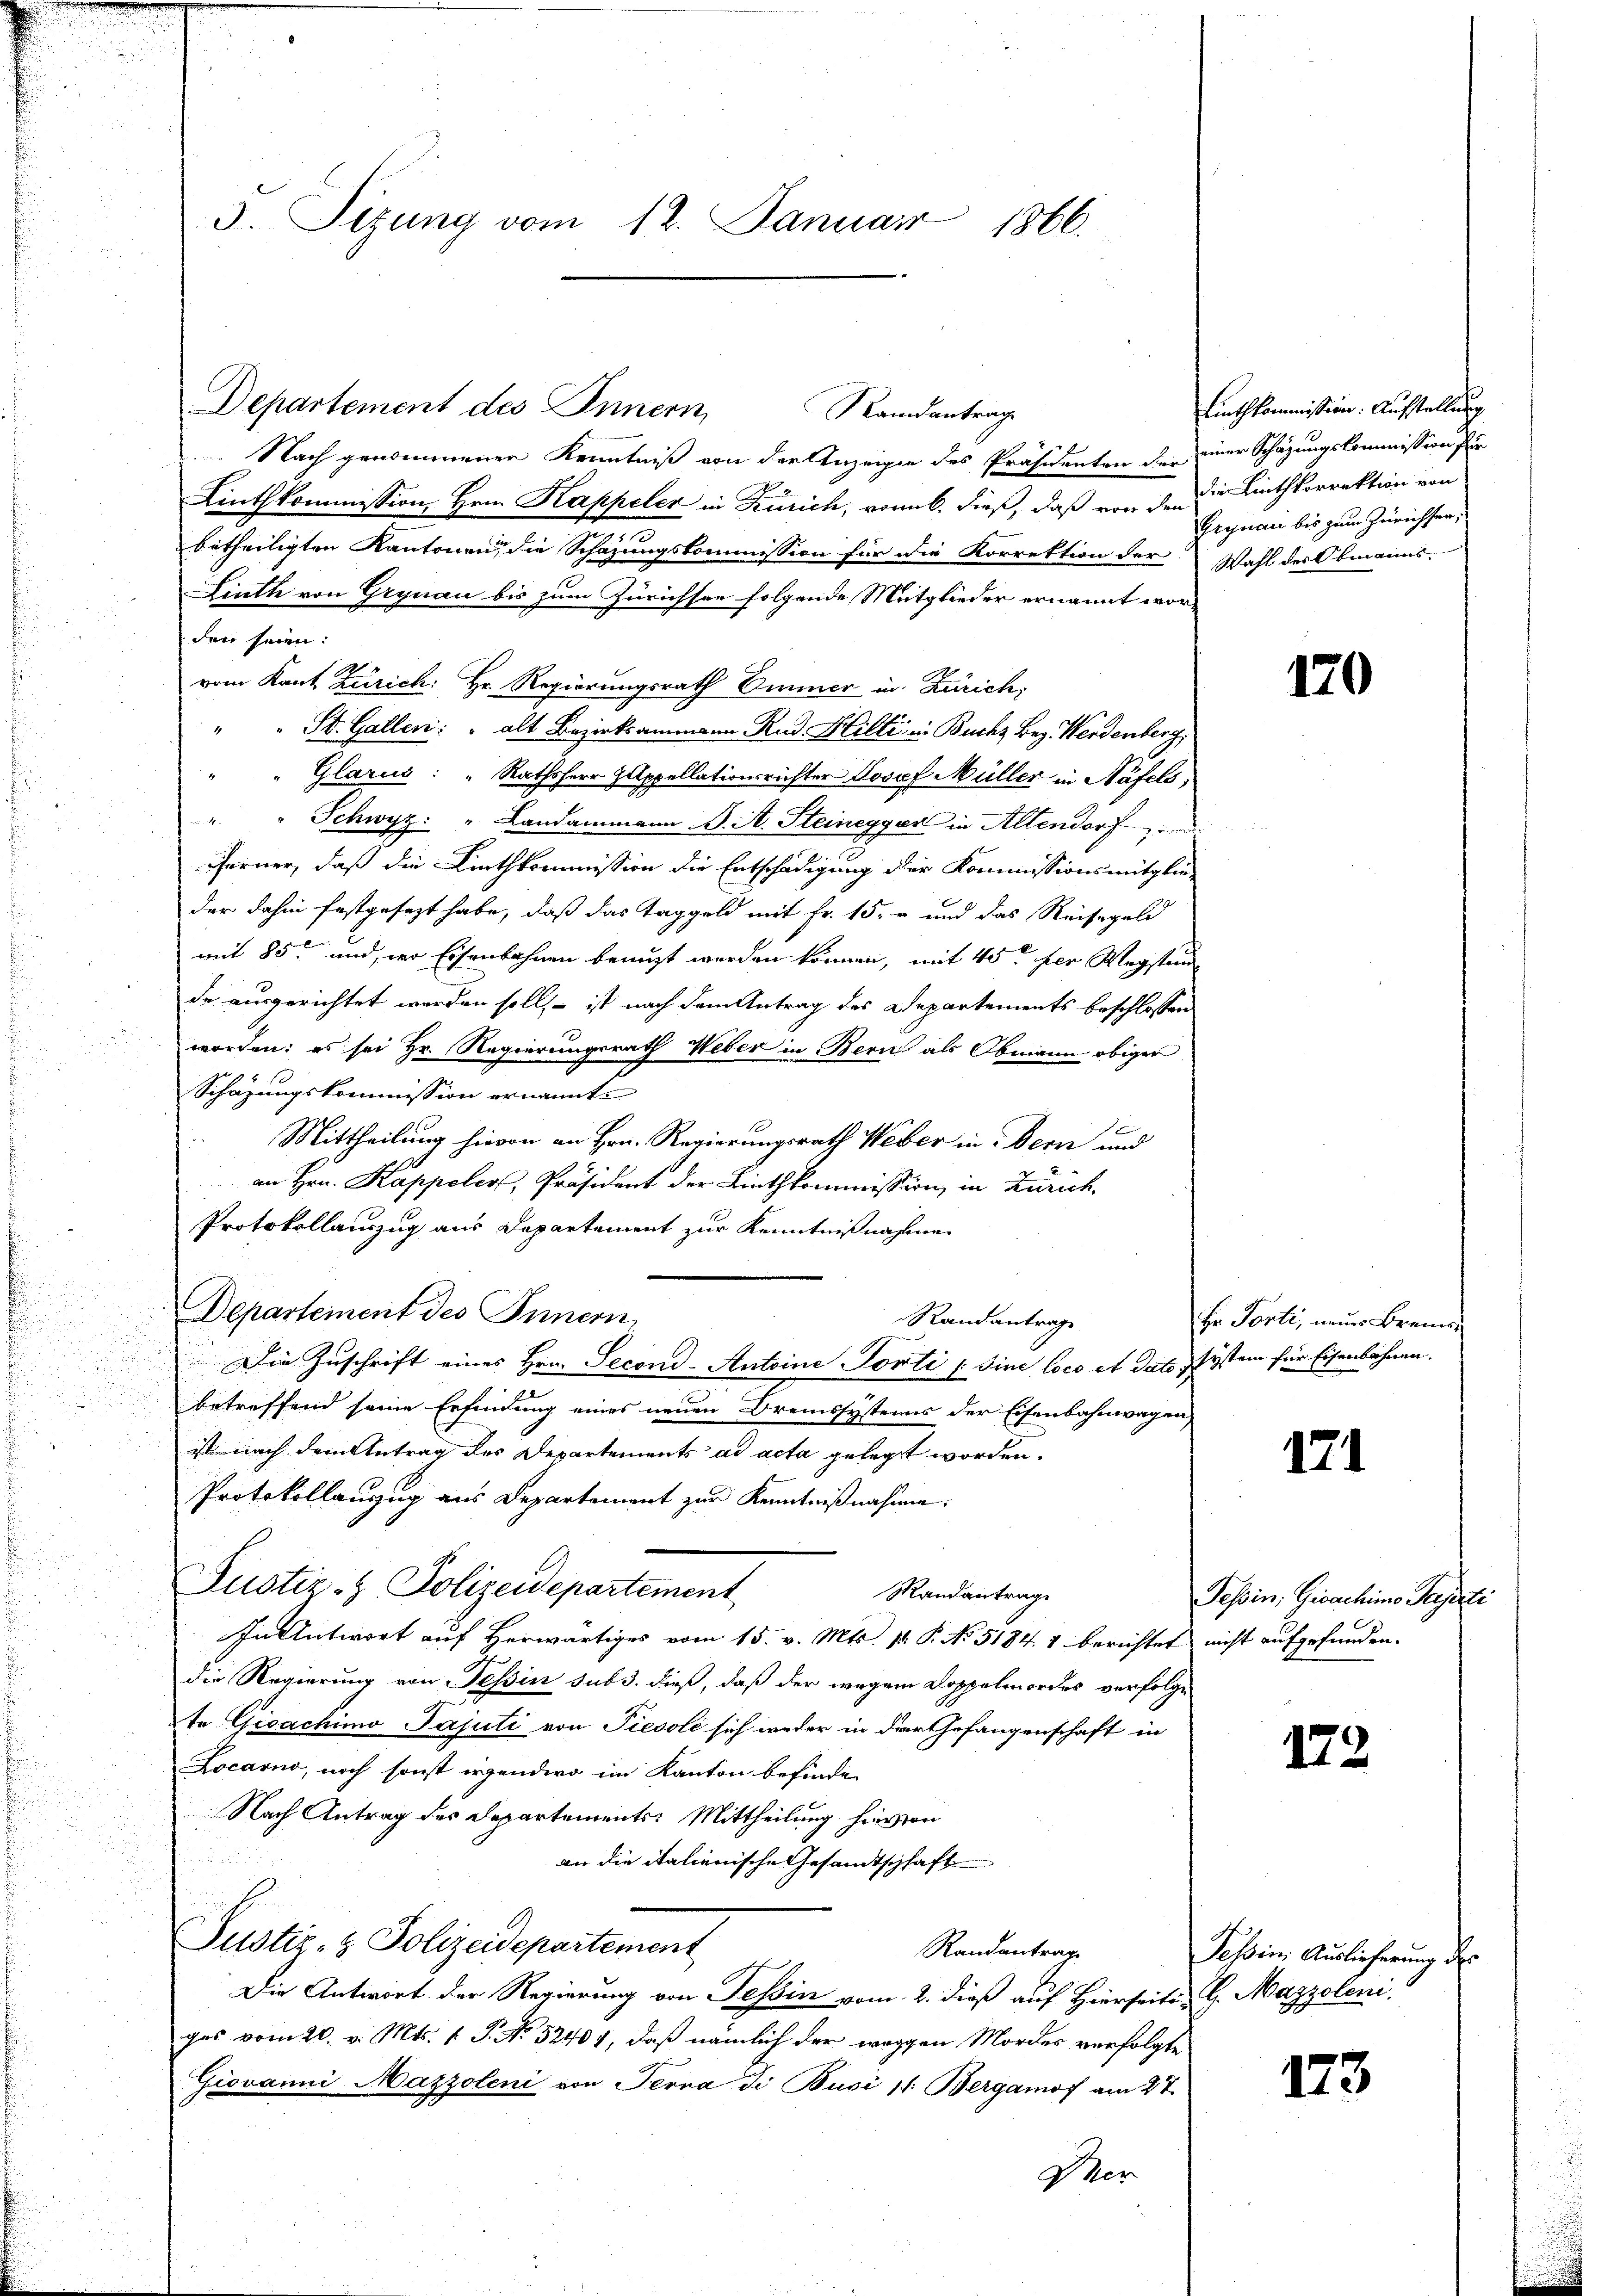
5. Sitzung vom 12. Januar
1866.

Departement des Innern, Randantrag
 Nach genommener Kenntniß von der Anzeigen des Präsidenten der einer Schazungskommission für
Linthkommission Hrn. Kappeler in Zürich, vonnb. dieß, daß von den die Linthkorrektion von
betheiligten Kantonen, die Schazungskommission für die Korrektion der Wahl des Obmanns-
Linth von Grynau bis zum Zürichsee folgende Mitglieder ernannt worden seien:
vom Kant Zürich: Hr. Regierungsrath Ommer in Zürich,
St. Gallen: " alt Bezirksammann Rud. Hilti in Buchs Beg. Werdenberg
Glarus: " Rathsherr Zippellationsrichter Josef Müller in Näfels,
" " Schwyz: " Landammann J. A. Steinegger in Altendorf
Ferner, daß die Linthkommission die Entschädigung der Kommissionsmitglie-
der dahin festgesezt habe, daß das Taggeld mit Fr. 15. und das Reisegeld
mit 85 und der Eisenbahnen benuzt werden können, mit 45 der Wegsten
de ausgerichtet werden soll, – ist nach dem Antrag des Departements beschlossen
worden; es sei Hr. Regierungsrath Weber in Bern als Obmann obiger
Schazungskommission ernannt.
Mittheilung hievon an Hrn. Regierungsrath Weber in Bern und
an Hrn. Kappeler, Präsident der Linthkommission, in Zürich
Protokollauszug aus Dapartement zur Kenntnißnahme
Departement des Innern,
Randantrage
Die Zuschrift eines Hrn. Second- Antoine Porti / Sine loco et dato system für Eisenbahnen.
betreffend seine Erfindung eines neuen Oremssystems der Eisenbahnwagen
stnach dem Antrag des Departements ad acta gelegt worden.
Protokollanzug aus Departement zur Kenntnißnahme:
Justiz- & Polizeidepartement
Mandantrag
In Antwort auf Herwärtiges vom 15. v. Mts. pr. P. No. 5184. 4 berichtet nicht aufgefunden.
die Regierung von Tessin sub 3. dieß, daß der wegen Doppelmordes verfolge
te Gioachimo Pajuti von Tiesole sich weder in der Gefangenschaft in
Locarno, noch sonst irgendwo im Kanton befinde
Nach Antrag des Departements: Mittheilung hievon
an die italienische Gesandtschhaft
Justiz- & Polizeidepartement
Randantrage
Die Antwort der Regierung von Tessin vom 2. dieß auf Hierseiti G. Mazzoleni
ges vom 20. v. Mts. 1. P. No 52401, daß nämlich der weggen Mordes verfolgte
Giovanni Mazzoleni von Perna di Busi /: Bergamof am 27
Iter

Linthkommission: Aufstellung
Grynau bis zum Zürichter,

120

Er Porti, neue Brenn

171

Tessin. Gioachimo Paperti

172

Tessin Auslicherung der

173